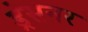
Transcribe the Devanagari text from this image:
ड्रेसनर